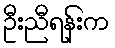
ဦးညီရန်းက